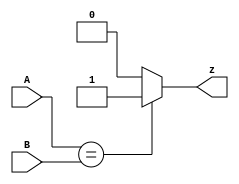
module top_module ( input [1:0] A, input [1:0] B, output z ); 

    always@(*) begin
        if(A==B) z = 1;
        else z=0;
    end
    
endmodule